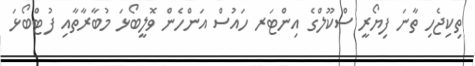
ތިކިޖެހި ތާނަ ފިޔޯރީ ސްކޫލްގެ އިންޓަރ ހައުސް އަންހެން ވޮލީބޯޅަ މުބާރާތާއި ފުޓްބޯޅަ